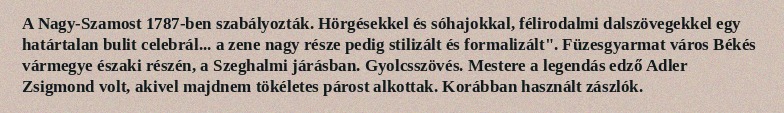
A Nagy-Szamost 1787-ben szabályozták. Hörgésekkel és sóhajokkal, félirodalmi dalszövegekkel egy határtalan bulit celebrál... a zene nagy része pedig stilizált és formalizált". Füzesgyarmat város Békés vármegye északi részén, a Szeghalmi járásban. Gyolcsszövés. Mestere a legendás edző Adler Zsigmond volt, akivel majdnem tökéletes párost alkottak. Korábban használt zászlók.